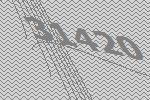
31420